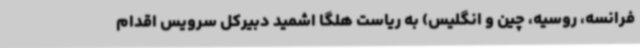
فرانسه، روسیه، چین و انگلیس) به ریاست هلگا اشمید دبیرکل سرویس اقدام